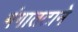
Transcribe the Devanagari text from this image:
गंगातटाने